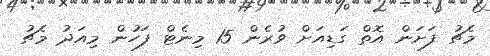
މެޗު ފަށަން އޮތް ގަޑިއަށް ވުރެން 15 މިނެޓް ފަހުން މިއަދު މެޗު